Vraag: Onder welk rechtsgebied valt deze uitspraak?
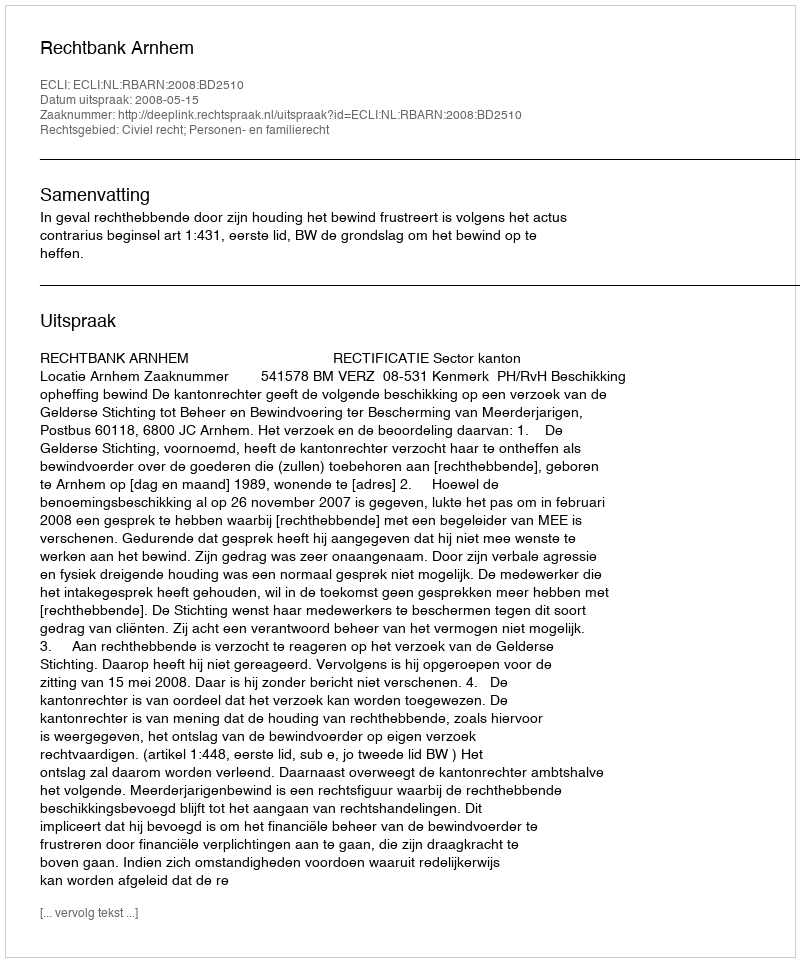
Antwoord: Civiel recht; Personen- en familierecht